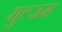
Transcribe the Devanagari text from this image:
मुल्जम